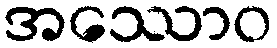
အဿောဝ